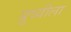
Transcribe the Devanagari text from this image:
प्रुथ्वीला